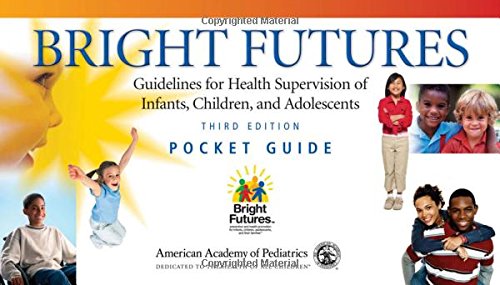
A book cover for Bright Futures Pocket Guide: Guidelines; Paula Duncan MD  FAAP; Medical Books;